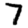
Digit: 7